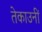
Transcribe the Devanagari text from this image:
तेकाउनीं